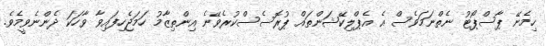
ހިމެނޭ ޕާސްޕޯޓު ނެތްނަމަވެސް އެ އެޕްލިކޭޝަންތައް ޕުރޮސެސްކުރެވޭނެ އިންތިޒާމު ހަމަޖެހިފައިވާ ވާހަކަ ދެންނެވީމެވެ.